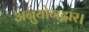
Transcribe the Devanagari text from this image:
अनुयोगद्वार।